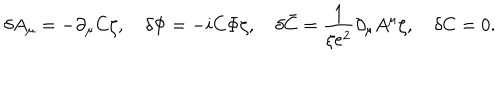
\delta A _ { \mu } = - \partial _ { \mu } C \zeta , \quad \delta \Phi = - i C \Phi \zeta , \quad \delta \bar { C } = \frac { 1 } { \xi e ^ { 2 } } \partial _ { \mu } A ^ { \mu } \zeta , \quad \delta C = 0 .